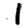
Digit: 1